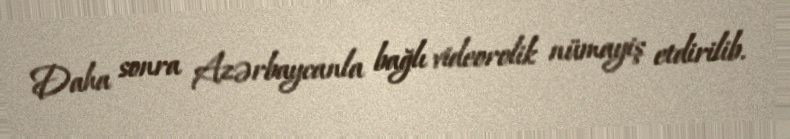
Daha sonra Azərbaycanla bağlı videorolik nümayiş etdirilib.